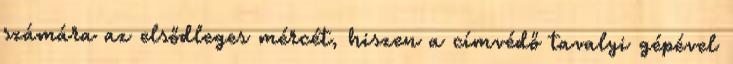
számára az elsődleges mércét, hiszen a címvédő tavalyi gépével